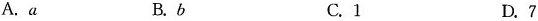
A.a B.b C.1 D.7